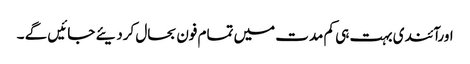
اورآئندی بہت ہی کم مدت میں تمام فون بحال کردیئے جائیں گے ۔